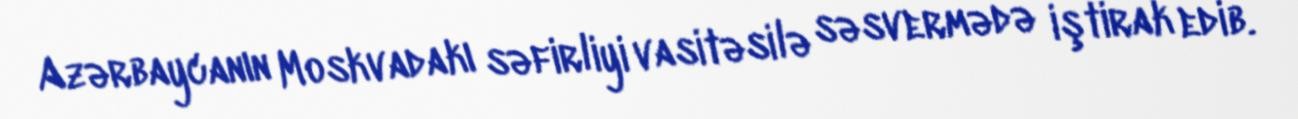
Azərbaycanın Moskvadakı səfirliyi vasitəsilə səsvermədə iştirak edib.